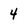
Character: 4